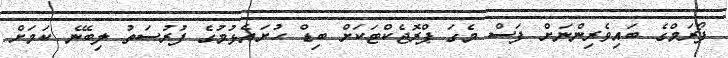
ފޯރަމްގެ ބައިވެރިންނަށް ފަސް މެގަ ޕްރޮޖެކްޓަކަށް ބިޑް ހުށައެޅުމުގެ ފުރުސަތު ލިބޭނެ ކަމަށް